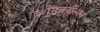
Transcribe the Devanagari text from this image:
दशमलवात्मक